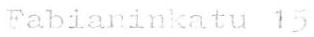
Fabianinkatu 15